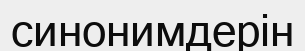
синонимдерін